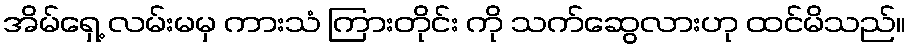
အိမ်ရှေ့ လမ်းမမှ ကားသံ ကြားတိုင်း ကို သက်ဆွေလားဟု ထင်မိသည်။